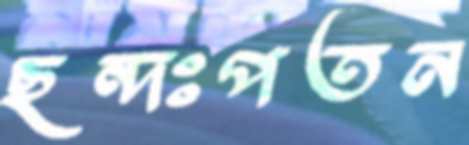
ছন্দঃপতন